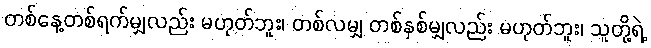
တစ်နေ့တစ်ရက်မျှလည်း မဟုတ်ဘူး၊ တစ်လမျှ တစ်နှစ်မျှလည်း မဟုတ်ဘူး၊ သူတို့ရဲ့